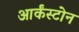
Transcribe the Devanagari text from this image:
आर्कंस्टोन